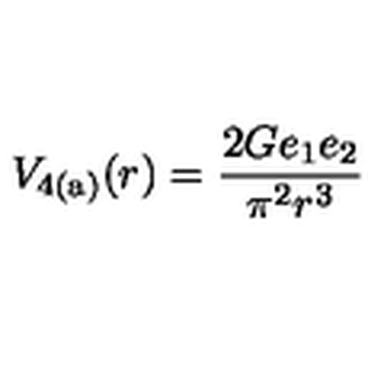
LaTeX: V _ { \mathrm { 4 ( a ) } } ( r ) = \frac { 2 G e _ { 1 } e _ { 2 } } { \pi ^ { 2 } r ^ { 3 } }